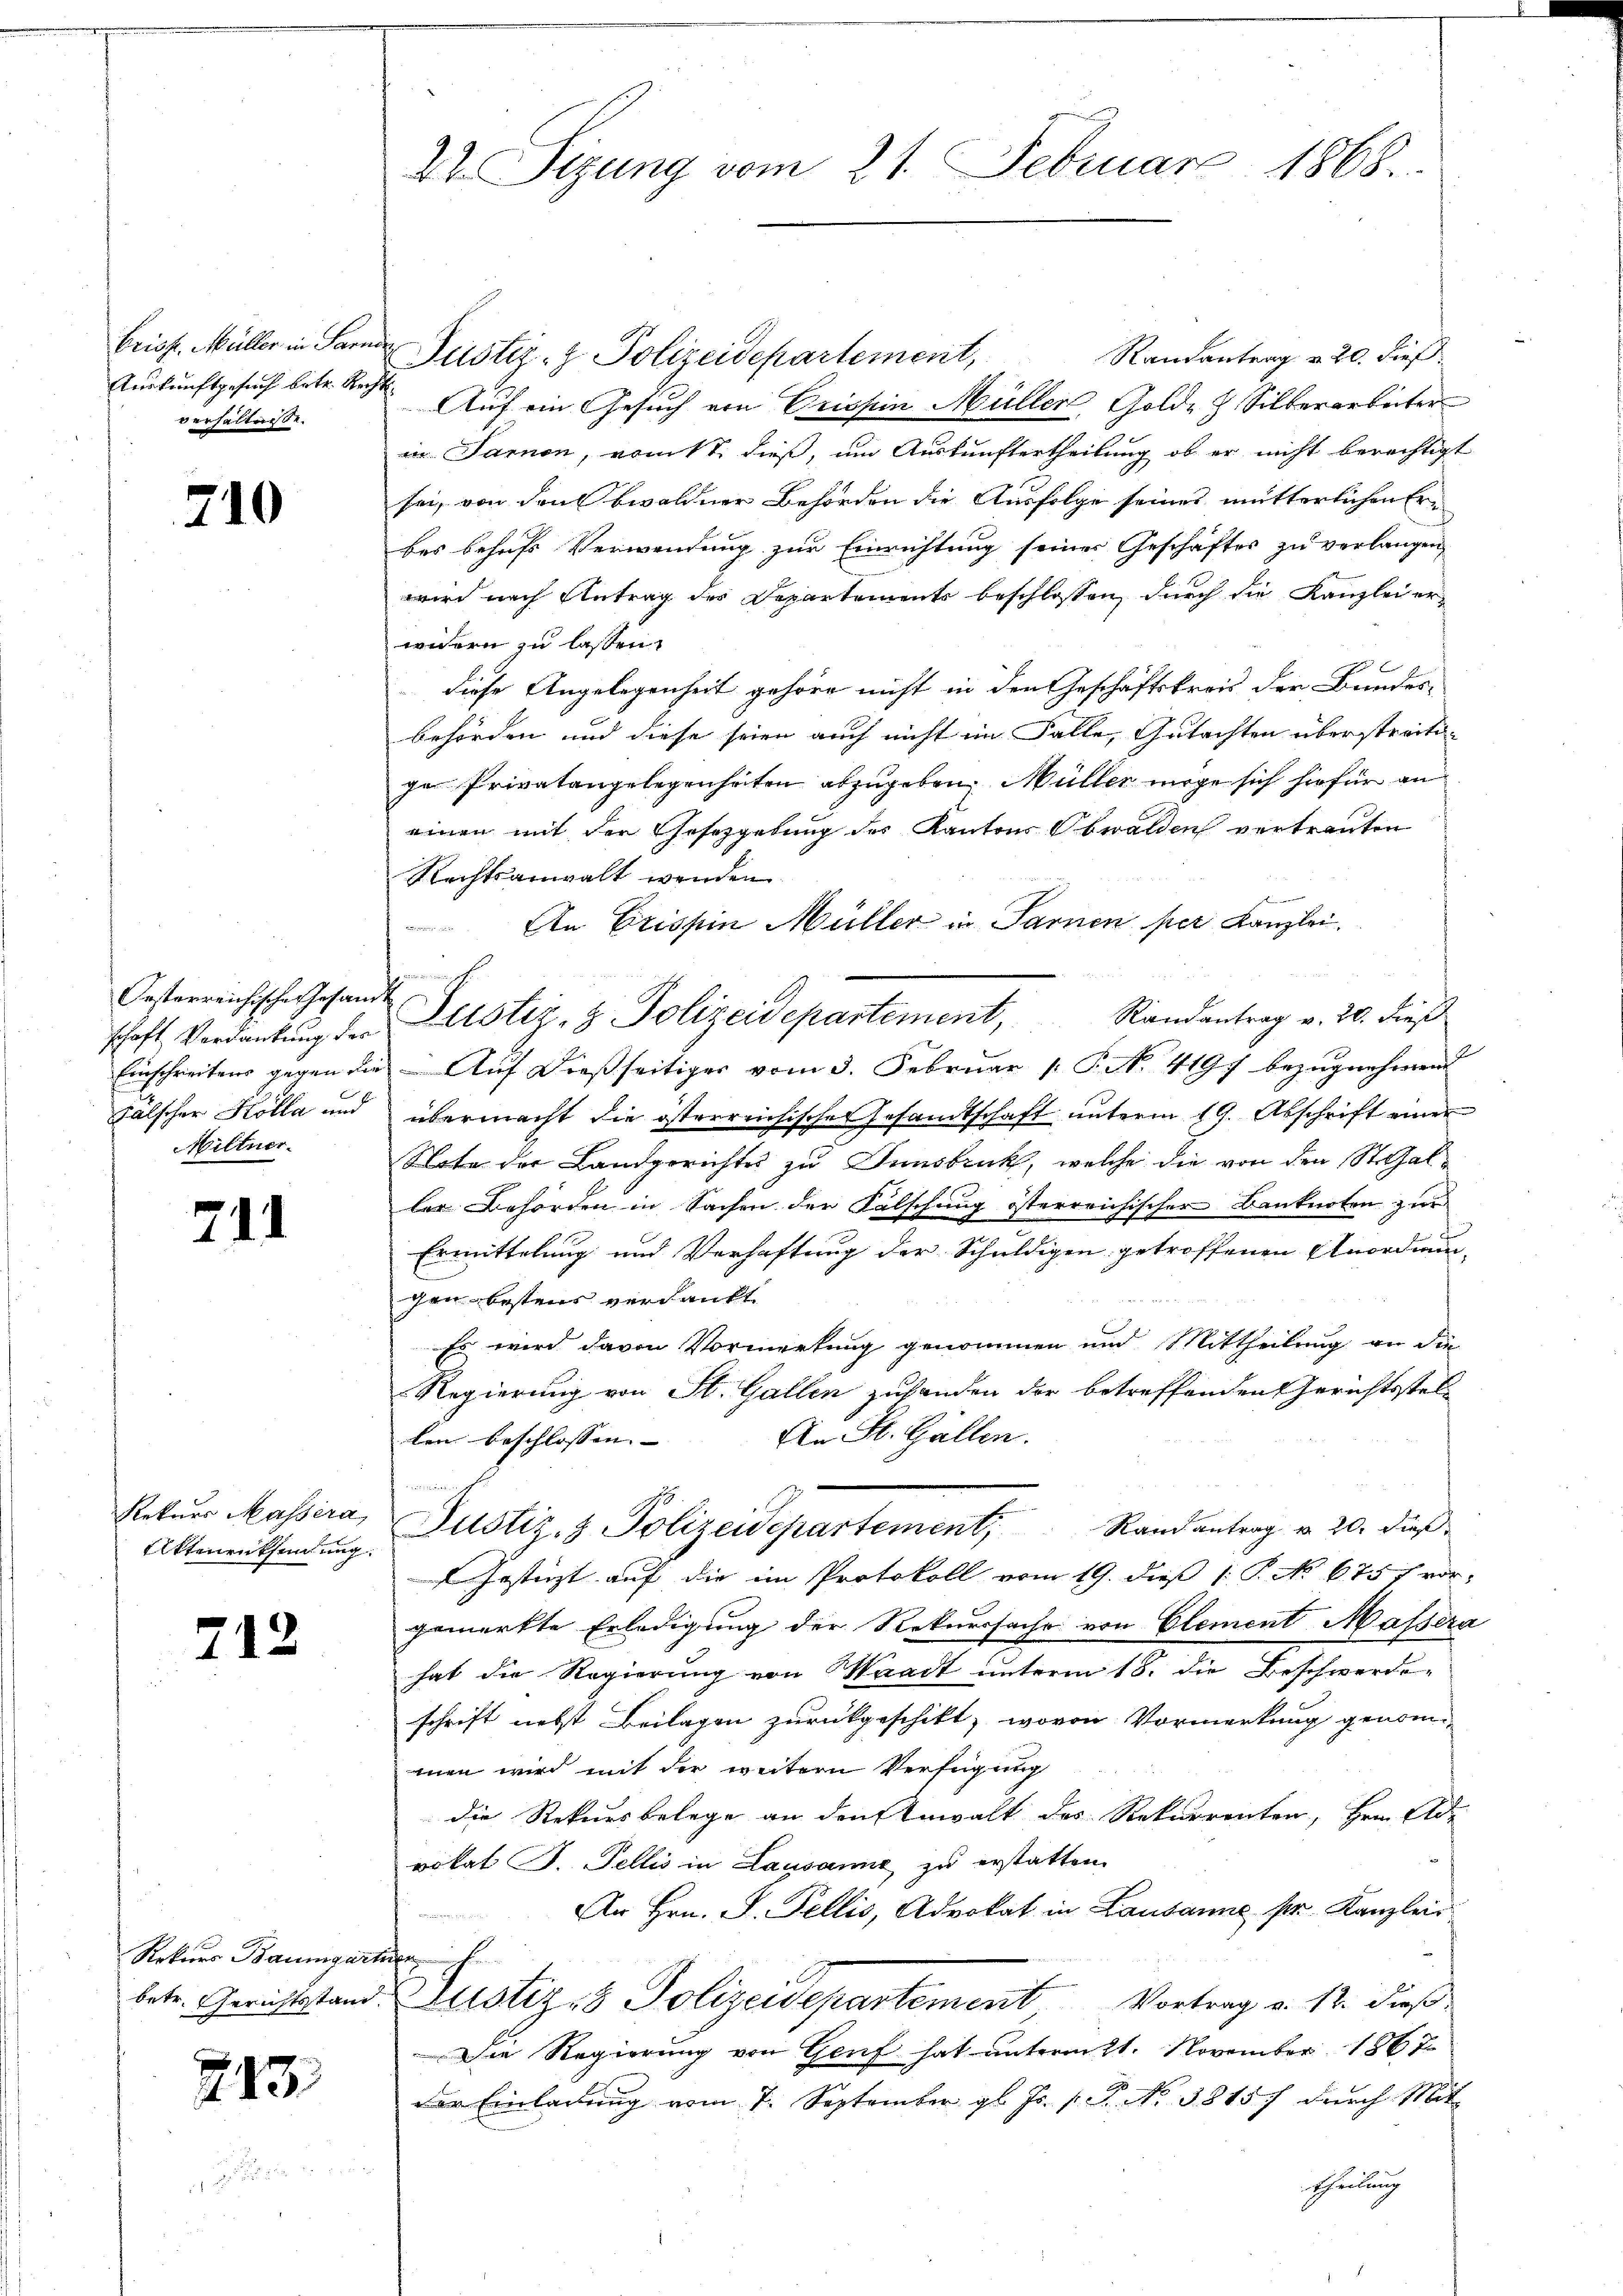
briss. Müller in Par
Auskunftgesuch betr. Rec
verhältnisse.

710

Oesterreichische Gesandt
Miltner.

211

Attenentsendung

712

Rekurs Baumgartner

243.

Justiz- & Polizeidepartement,
Randantrag v. 20. dieß
d Auf ein Gesuch von Grissin Müller, Gold- & Silberarbeiter
in Samon, vom 18. dieß, um Auskunftertheilung, ob er nicht berechtigt
sei, von den bevoldner Behörden die Ausfolge seines mutterlichen Erbes behufs Verwendung zur Einrichtung seines Geschäftes zu verlangen,
wird nach Antrag des Departements beschlossen, durch die Kanzleier-
widern zu lassen.
diese Angelegenheit gehöre nicht in den Geschäftskreis der Bundes-
behörden und diese seien auch nicht im Falle, Gutachten überstreitige Privatangelegenheiten abzugeben, Müller möge sich hiefür an
einen mit der Gesetzgebung des Kantons Obwalden vertrauten
Rechtsanwalt wenden
An Existin Müller in Sarnen per Kanzlei.
schaft Verdankŭng der Altstiz- & Polizeidepartement, Randantrag v. 20. dieß
Einschreibens gegen die Auf dießseitiges vom 3. Februar 1 P. N. 4197 bezugnehmend
Fälscher Kölla und übermacht die österreichischen Gesamtschaft unterm 19. Abschrift einer
Stote der Landgerichtes zu Innsbruck, welche die von den St. Galler Behörden in Sachen der Falschung österreichischer Banknoten zur
Ermittelung und Verhaftung der Schuldigen getroffenen Anordnun-
gen bestens verdankt.
Es wird davon Vormerkung genommen und Mittheilung an die
Regierung von St. Gallen zuhanden der betreffenden Gerichtsstel¬
An St. Gallen.
len beschlossen. |
innern
Rekŭrs Massera Justiz- & Polizeidepartement, Rand antrag u. 20. dieß
Gestüzt auf die im Protokoll vom 19. dieß P. No 675 7 vor-
gemerkte Erledigung der Rekurssache von Element Massera
hat die Regierung von Waadt unterm 18. die Beschwerde-
schrift nebst Beilagen zurückgeschikt, wovon Vormerkung genommen wird mit der weitern Verfügung
die Rekursbelege an den Anwalt des Rekurrenten, Hrn. Ade
vokat J. Fellis in Lausanne zu erstatten.
An Hrn. J. Pellis, Advokat in Lausanne pr. Kanzlei
betr. Gerichtstand Zustiz- & Polizeidepartement Vortrag v. 12. dieß
Die Regierung von Genf hat unterm 21. November 1867
der Einladŭng vom 7. September gl. Js. v. J. No 38157 dŭrch Mit
theilung

22. Sizung vom 21. Februar 1868.

n